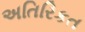
અતિરિકત